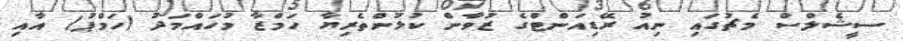
ސީޝެލްސް މެޗުގައި ނިއު ރޭޑިއަންޓްގެ ޒުވާން ކުޅުންތެރިޔާ ހަމްޒާ މުހައްމަދު (ހަމްޕު) އާއި